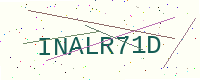
Text: INALR71D